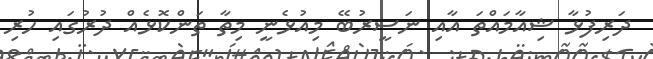
ދަރިފުޅާ ޝިއާމައްތަ އާއި ނަސީރުބޭ މިއުޅެނީ މިތާ ތަންކޮޅެއް ދުރުގައި ހުރި